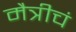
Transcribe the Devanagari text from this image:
मैत्रीचं